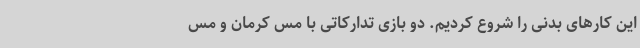
این کارهای بدنی را شروع کردیم. دو بازی تدارکاتی با مس کرمان و مس